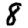
Digit: 8